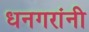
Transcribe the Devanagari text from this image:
धनगरांनी